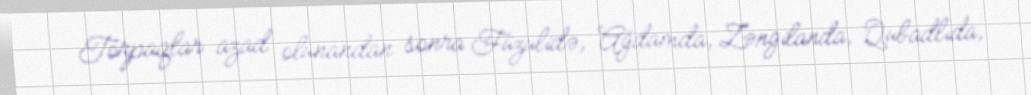
Torpaqlar azad olunandan sonra Füzulidə, Ağdamda, Zəngilanda, Qubadlıda,